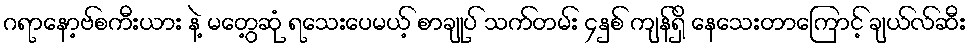
ဂရာနော့ဗ်စကီးယား နဲ့ မတွေ့ဆုံ ရသေးပေမယ့် စာချုပ် သက်တမ်း ၄နှစ် ကျန်ရှိ နေသေးတာကြောင့် ချယ်လ်ဆီး